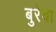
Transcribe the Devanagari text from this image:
बुरेबा